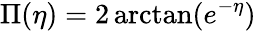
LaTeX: \Pi(\eta)=2\arctan(e^{-\eta})